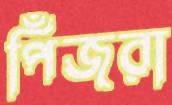
পিঁজরা